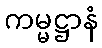
ကမ္မဋ္ဌာနံ